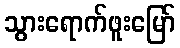
သွားရောက်ဖူးမြော်